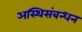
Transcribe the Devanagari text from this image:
अस्थिसंबन्धन